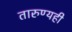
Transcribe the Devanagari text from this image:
तारुण्यही